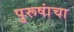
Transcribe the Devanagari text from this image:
पुरूषांचा